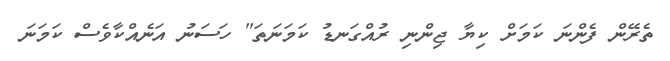
ތެރޭން ފެންނަ ކަމަށް ކިޔާ ޖިންނި ރުއްގަނޑު ކަމަނަތަ" ހަސަނު އަނެއްކާވެސް ކަމަނަ